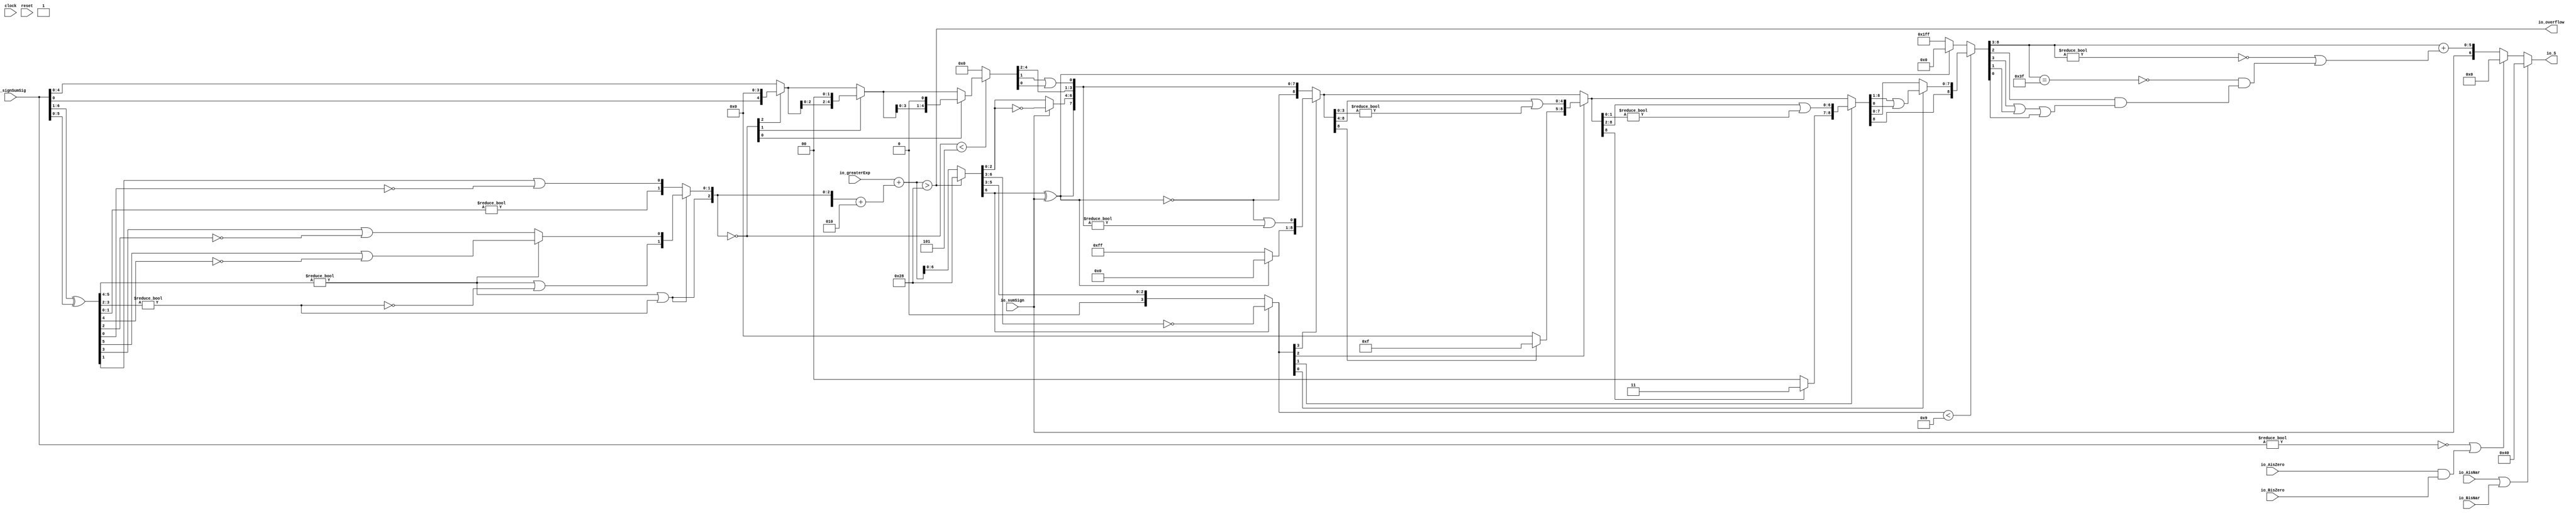
module Post_Adder7_3(
  input        clock,
  input        reset,
  input  [6:0] io_signSumSig,
  input  [6:0] io_greaterExp,
  input        io_sumSign,
  output       io_overflow,
  input        io_AisNar,
  input        io_BisNar,
  input        io_AisZero,
  input        io_BisZero,
  output [6:0] io_S
);
  wire [5:0] _T; // @[Post_Adder.scala 26:34]
  wire [5:0] _T_1; // @[Post_Adder.scala 26:72]
  wire [5:0] sumXor; // @[Post_Adder.scala 26:52]
  wire [3:0] _T_2; // @[LZD.scala 43:32]
  wire [1:0] _T_3; // @[LZD.scala 43:32]
  wire  _T_4; // @[LZD.scala 39:14]
  wire  _T_5; // @[LZD.scala 39:21]
  wire  _T_6; // @[LZD.scala 39:30]
  wire  _T_7; // @[LZD.scala 39:27]
  wire  _T_8; // @[LZD.scala 39:25]
  wire [1:0] _T_9; // @[Cat.scala 29:58]
  wire [1:0] _T_10; // @[LZD.scala 44:32]
  wire  _T_11; // @[LZD.scala 39:14]
  wire  _T_12; // @[LZD.scala 39:21]
  wire  _T_13; // @[LZD.scala 39:30]
  wire  _T_14; // @[LZD.scala 39:27]
  wire  _T_15; // @[LZD.scala 39:25]
  wire [1:0] _T_16; // @[Cat.scala 29:58]
  wire  _T_17; // @[Shift.scala 12:21]
  wire  _T_18; // @[Shift.scala 12:21]
  wire  _T_19; // @[LZD.scala 49:16]
  wire  _T_20; // @[LZD.scala 49:27]
  wire  _T_21; // @[LZD.scala 49:25]
  wire  _T_22; // @[LZD.scala 49:47]
  wire  _T_23; // @[LZD.scala 49:59]
  wire  _T_24; // @[LZD.scala 49:35]
  wire [2:0] _T_26; // @[Cat.scala 29:58]
  wire [1:0] _T_27; // @[LZD.scala 44:32]
  wire  _T_28; // @[LZD.scala 39:14]
  wire  _T_29; // @[LZD.scala 39:21]
  wire  _T_30; // @[LZD.scala 39:30]
  wire  _T_31; // @[LZD.scala 39:27]
  wire  _T_32; // @[LZD.scala 39:25]
  wire [1:0] _T_33; // @[Cat.scala 29:58]
  wire  _T_34; // @[Shift.scala 12:21]
  wire [1:0] _T_36; // @[LZD.scala 55:32]
  wire [1:0] _T_37; // @[LZD.scala 55:20]
  wire [2:0] sumLZD; // @[Cat.scala 29:58]
  wire [3:0] _T_38; // @[Cat.scala 29:58]
  wire [3:0] _T_39; // @[Post_Adder.scala 28:37]
  wire [3:0] _T_41; // @[Post_Adder.scala 28:44]
  wire [3:0] scaleBias; // @[Post_Adder.scala 28:44]
  wire [6:0] _GEN_0; // @[Post_Adder.scala 29:35]
  wire [7:0] sumScale; // @[Post_Adder.scala 29:35]
  wire [2:0] normalShift; // @[Post_Adder.scala 31:22]
  wire [4:0] _T_43; // @[Post_Adder.scala 32:39]
  wire  _T_44; // @[Shift.scala 16:24]
  wire  _T_46; // @[Shift.scala 12:21]
  wire  _T_47; // @[Shift.scala 64:52]
  wire [4:0] _T_49; // @[Cat.scala 29:58]
  wire [4:0] _T_50; // @[Shift.scala 64:27]
  wire [1:0] _T_51; // @[Shift.scala 66:70]
  wire  _T_52; // @[Shift.scala 12:21]
  wire [2:0] _T_53; // @[Shift.scala 64:52]
  wire [4:0] _T_55; // @[Cat.scala 29:58]
  wire [4:0] _T_56; // @[Shift.scala 64:27]
  wire  _T_57; // @[Shift.scala 66:70]
  wire [3:0] _T_59; // @[Shift.scala 64:52]
  wire [4:0] _T_60; // @[Cat.scala 29:58]
  wire [4:0] _T_61; // @[Shift.scala 64:27]
  wire [4:0] shiftSig; // @[Shift.scala 16:10]
  wire [7:0] _T_62; // @[Post_Adder.scala 44:24]
  wire  decS_fraction; // @[Post_Adder.scala 45:34]
  wire  decS_isNaR; // @[Post_Adder.scala 46:31]
  wire  _T_65; // @[Post_Adder.scala 47:36]
  wire  _T_66; // @[Post_Adder.scala 47:21]
  wire  _T_67; // @[Post_Adder.scala 47:54]
  wire  decS_isZero; // @[Post_Adder.scala 47:40]
  wire [1:0] _T_69; // @[Post_Adder.scala 48:33]
  wire  _T_70; // @[Post_Adder.scala 48:49]
  wire  _T_71; // @[Post_Adder.scala 48:63]
  wire  _T_72; // @[Post_Adder.scala 48:53]
  wire [6:0] _GEN_1; // @[Post_Adder.scala 41:24 Post_Adder.scala 44:18]
  wire [6:0] decS_scale; // @[Post_Adder.scala 41:24 Post_Adder.scala 44:18]
  wire [2:0] _T_75; // @[convert.scala 46:61]
  wire [2:0] _T_76; // @[convert.scala 46:52]
  wire [2:0] _T_78; // @[convert.scala 46:42]
  wire [3:0] _T_79; // @[convert.scala 48:34]
  wire  _T_80; // @[convert.scala 49:36]
  wire [3:0] _T_82; // @[convert.scala 50:36]
  wire [3:0] _T_83; // @[convert.scala 50:36]
  wire [3:0] _T_84; // @[convert.scala 50:28]
  wire  _T_85; // @[convert.scala 51:31]
  wire  _T_86; // @[convert.scala 52:43]
  wire [8:0] _T_90; // @[Cat.scala 29:58]
  wire [3:0] _T_91; // @[Shift.scala 39:17]
  wire  _T_92; // @[Shift.scala 39:24]
  wire  _T_94; // @[Shift.scala 90:30]
  wire [7:0] _T_95; // @[Shift.scala 90:48]
  wire  _T_96; // @[Shift.scala 90:57]
  wire  _T_97; // @[Shift.scala 90:39]
  wire  _T_98; // @[Shift.scala 12:21]
  wire  _T_99; // @[Shift.scala 12:21]
  wire [7:0] _T_101; // @[Bitwise.scala 71:12]
  wire [8:0] _T_102; // @[Cat.scala 29:58]
  wire [8:0] _T_103; // @[Shift.scala 91:22]
  wire [2:0] _T_104; // @[Shift.scala 92:77]
  wire [4:0] _T_105; // @[Shift.scala 90:30]
  wire [3:0] _T_106; // @[Shift.scala 90:48]
  wire  _T_107; // @[Shift.scala 90:57]
  wire [4:0] _GEN_2; // @[Shift.scala 90:39]
  wire [4:0] _T_108; // @[Shift.scala 90:39]
  wire  _T_109; // @[Shift.scala 12:21]
  wire  _T_110; // @[Shift.scala 12:21]
  wire [3:0] _T_112; // @[Bitwise.scala 71:12]
  wire [8:0] _T_113; // @[Cat.scala 29:58]
  wire [8:0] _T_114; // @[Shift.scala 91:22]
  wire [1:0] _T_115; // @[Shift.scala 92:77]
  wire [6:0] _T_116; // @[Shift.scala 90:30]
  wire [1:0] _T_117; // @[Shift.scala 90:48]
  wire  _T_118; // @[Shift.scala 90:57]
  wire [6:0] _GEN_3; // @[Shift.scala 90:39]
  wire [6:0] _T_119; // @[Shift.scala 90:39]
  wire  _T_120; // @[Shift.scala 12:21]
  wire  _T_121; // @[Shift.scala 12:21]
  wire [1:0] _T_123; // @[Bitwise.scala 71:12]
  wire [8:0] _T_124; // @[Cat.scala 29:58]
  wire [8:0] _T_125; // @[Shift.scala 91:22]
  wire  _T_126; // @[Shift.scala 92:77]
  wire [7:0] _T_127; // @[Shift.scala 90:30]
  wire  _T_128; // @[Shift.scala 90:48]
  wire [7:0] _GEN_4; // @[Shift.scala 90:39]
  wire [7:0] _T_130; // @[Shift.scala 90:39]
  wire  _T_132; // @[Shift.scala 12:21]
  wire [8:0] _T_133; // @[Cat.scala 29:58]
  wire [8:0] _T_134; // @[Shift.scala 91:22]
  wire [8:0] _T_137; // @[Bitwise.scala 71:12]
  wire [8:0] _T_138; // @[Shift.scala 39:10]
  wire  _T_139; // @[convert.scala 55:31]
  wire  _T_140; // @[convert.scala 56:31]
  wire  _T_141; // @[convert.scala 57:31]
  wire  _T_142; // @[convert.scala 58:31]
  wire [5:0] _T_143; // @[convert.scala 59:69]
  wire  _T_144; // @[convert.scala 59:81]
  wire  _T_145; // @[convert.scala 59:50]
  wire  _T_147; // @[convert.scala 60:81]
  wire  _T_148; // @[convert.scala 61:44]
  wire  _T_149; // @[convert.scala 61:52]
  wire  _T_150; // @[convert.scala 61:36]
  wire  _T_151; // @[convert.scala 62:63]
  wire  _T_152; // @[convert.scala 62:103]
  wire  _T_153; // @[convert.scala 62:60]
  wire [5:0] _GEN_5; // @[convert.scala 63:56]
  wire [5:0] _T_156; // @[convert.scala 63:56]
  wire [6:0] _T_157; // @[Cat.scala 29:58]
  wire [6:0] _T_159; // @[Mux.scala 87:16]
  assign _T = io_signSumSig[6:1]; // @[Post_Adder.scala 26:34]
  assign _T_1 = io_signSumSig[5:0]; // @[Post_Adder.scala 26:72]
  assign sumXor = _T ^ _T_1; // @[Post_Adder.scala 26:52]
  assign _T_2 = sumXor[5:2]; // @[LZD.scala 43:32]
  assign _T_3 = _T_2[3:2]; // @[LZD.scala 43:32]
  assign _T_4 = _T_3 != 2'h0; // @[LZD.scala 39:14]
  assign _T_5 = _T_3[1]; // @[LZD.scala 39:21]
  assign _T_6 = _T_3[0]; // @[LZD.scala 39:30]
  assign _T_7 = ~ _T_6; // @[LZD.scala 39:27]
  assign _T_8 = _T_5 | _T_7; // @[LZD.scala 39:25]
  assign _T_9 = {_T_4,_T_8}; // @[Cat.scala 29:58]
  assign _T_10 = _T_2[1:0]; // @[LZD.scala 44:32]
  assign _T_11 = _T_10 != 2'h0; // @[LZD.scala 39:14]
  assign _T_12 = _T_10[1]; // @[LZD.scala 39:21]
  assign _T_13 = _T_10[0]; // @[LZD.scala 39:30]
  assign _T_14 = ~ _T_13; // @[LZD.scala 39:27]
  assign _T_15 = _T_12 | _T_14; // @[LZD.scala 39:25]
  assign _T_16 = {_T_11,_T_15}; // @[Cat.scala 29:58]
  assign _T_17 = _T_9[1]; // @[Shift.scala 12:21]
  assign _T_18 = _T_16[1]; // @[Shift.scala 12:21]
  assign _T_19 = _T_17 | _T_18; // @[LZD.scala 49:16]
  assign _T_20 = ~ _T_18; // @[LZD.scala 49:27]
  assign _T_21 = _T_17 | _T_20; // @[LZD.scala 49:25]
  assign _T_22 = _T_9[0:0]; // @[LZD.scala 49:47]
  assign _T_23 = _T_16[0:0]; // @[LZD.scala 49:59]
  assign _T_24 = _T_17 ? _T_22 : _T_23; // @[LZD.scala 49:35]
  assign _T_26 = {_T_19,_T_21,_T_24}; // @[Cat.scala 29:58]
  assign _T_27 = sumXor[1:0]; // @[LZD.scala 44:32]
  assign _T_28 = _T_27 != 2'h0; // @[LZD.scala 39:14]
  assign _T_29 = _T_27[1]; // @[LZD.scala 39:21]
  assign _T_30 = _T_27[0]; // @[LZD.scala 39:30]
  assign _T_31 = ~ _T_30; // @[LZD.scala 39:27]
  assign _T_32 = _T_29 | _T_31; // @[LZD.scala 39:25]
  assign _T_33 = {_T_28,_T_32}; // @[Cat.scala 29:58]
  assign _T_34 = _T_26[2]; // @[Shift.scala 12:21]
  assign _T_36 = _T_26[1:0]; // @[LZD.scala 55:32]
  assign _T_37 = _T_34 ? _T_36 : _T_33; // @[LZD.scala 55:20]
  assign sumLZD = {_T_34,_T_37}; // @[Cat.scala 29:58]
  assign _T_38 = {1'h1,_T_34,_T_37}; // @[Cat.scala 29:58]
  assign _T_39 = $signed(_T_38); // @[Post_Adder.scala 28:37]
  assign _T_41 = $signed(_T_39) + $signed(4'sh2); // @[Post_Adder.scala 28:44]
  assign scaleBias = $signed(_T_41); // @[Post_Adder.scala 28:44]
  assign _GEN_0 = {{3{scaleBias[3]}},scaleBias}; // @[Post_Adder.scala 29:35]
  assign sumScale = $signed(io_greaterExp) + $signed(_GEN_0); // @[Post_Adder.scala 29:35]
  assign normalShift = ~ sumLZD; // @[Post_Adder.scala 31:22]
  assign _T_43 = io_signSumSig[4:0]; // @[Post_Adder.scala 32:39]
  assign _T_44 = normalShift < 3'h5; // @[Shift.scala 16:24]
  assign _T_46 = normalShift[2]; // @[Shift.scala 12:21]
  assign _T_47 = _T_43[0:0]; // @[Shift.scala 64:52]
  assign _T_49 = {_T_47,4'h0}; // @[Cat.scala 29:58]
  assign _T_50 = _T_46 ? _T_49 : _T_43; // @[Shift.scala 64:27]
  assign _T_51 = normalShift[1:0]; // @[Shift.scala 66:70]
  assign _T_52 = _T_51[1]; // @[Shift.scala 12:21]
  assign _T_53 = _T_50[2:0]; // @[Shift.scala 64:52]
  assign _T_55 = {_T_53,2'h0}; // @[Cat.scala 29:58]
  assign _T_56 = _T_52 ? _T_55 : _T_50; // @[Shift.scala 64:27]
  assign _T_57 = _T_51[0:0]; // @[Shift.scala 66:70]
  assign _T_59 = _T_56[3:0]; // @[Shift.scala 64:52]
  assign _T_60 = {_T_59,1'h0}; // @[Cat.scala 29:58]
  assign _T_61 = _T_57 ? _T_60 : _T_56; // @[Shift.scala 64:27]
  assign shiftSig = _T_44 ? _T_61 : 5'h0; // @[Shift.scala 16:10]
  assign _T_62 = io_overflow ? $signed(8'sh28) : $signed(sumScale); // @[Post_Adder.scala 44:24]
  assign decS_fraction = shiftSig[4:4]; // @[Post_Adder.scala 45:34]
  assign decS_isNaR = io_AisNar | io_BisNar; // @[Post_Adder.scala 46:31]
  assign _T_65 = io_signSumSig != 7'h0; // @[Post_Adder.scala 47:36]
  assign _T_66 = ~ _T_65; // @[Post_Adder.scala 47:21]
  assign _T_67 = io_AisZero & io_BisZero; // @[Post_Adder.scala 47:54]
  assign decS_isZero = _T_66 | _T_67; // @[Post_Adder.scala 47:40]
  assign _T_69 = shiftSig[3:2]; // @[Post_Adder.scala 48:33]
  assign _T_70 = shiftSig[1]; // @[Post_Adder.scala 48:49]
  assign _T_71 = shiftSig[0]; // @[Post_Adder.scala 48:63]
  assign _T_72 = _T_70 | _T_71; // @[Post_Adder.scala 48:53]
  assign _GEN_1 = _T_62[6:0]; // @[Post_Adder.scala 41:24 Post_Adder.scala 44:18]
  assign decS_scale = $signed(_GEN_1); // @[Post_Adder.scala 41:24 Post_Adder.scala 44:18]
  assign _T_75 = decS_scale[2:0]; // @[convert.scala 46:61]
  assign _T_76 = ~ _T_75; // @[convert.scala 46:52]
  assign _T_78 = io_sumSign ? _T_76 : _T_75; // @[convert.scala 46:42]
  assign _T_79 = decS_scale[6:3]; // @[convert.scala 48:34]
  assign _T_80 = _T_79[3:3]; // @[convert.scala 49:36]
  assign _T_82 = ~ _T_79; // @[convert.scala 50:36]
  assign _T_83 = $signed(_T_82); // @[convert.scala 50:36]
  assign _T_84 = _T_80 ? $signed(_T_83) : $signed(_T_79); // @[convert.scala 50:28]
  assign _T_85 = _T_80 ^ io_sumSign; // @[convert.scala 51:31]
  assign _T_86 = ~ _T_85; // @[convert.scala 52:43]
  assign _T_90 = {_T_86,_T_85,_T_78,decS_fraction,_T_69,_T_72}; // @[Cat.scala 29:58]
  assign _T_91 = $unsigned(_T_84); // @[Shift.scala 39:17]
  assign _T_92 = _T_91 < 4'h9; // @[Shift.scala 39:24]
  assign _T_94 = _T_90[8:8]; // @[Shift.scala 90:30]
  assign _T_95 = _T_90[7:0]; // @[Shift.scala 90:48]
  assign _T_96 = _T_95 != 8'h0; // @[Shift.scala 90:57]
  assign _T_97 = _T_94 | _T_96; // @[Shift.scala 90:39]
  assign _T_98 = _T_91[3]; // @[Shift.scala 12:21]
  assign _T_99 = _T_90[8]; // @[Shift.scala 12:21]
  assign _T_101 = _T_99 ? 8'hff : 8'h0; // @[Bitwise.scala 71:12]
  assign _T_102 = {_T_101,_T_97}; // @[Cat.scala 29:58]
  assign _T_103 = _T_98 ? _T_102 : _T_90; // @[Shift.scala 91:22]
  assign _T_104 = _T_91[2:0]; // @[Shift.scala 92:77]
  assign _T_105 = _T_103[8:4]; // @[Shift.scala 90:30]
  assign _T_106 = _T_103[3:0]; // @[Shift.scala 90:48]
  assign _T_107 = _T_106 != 4'h0; // @[Shift.scala 90:57]
  assign _GEN_2 = {{4'd0}, _T_107}; // @[Shift.scala 90:39]
  assign _T_108 = _T_105 | _GEN_2; // @[Shift.scala 90:39]
  assign _T_109 = _T_104[2]; // @[Shift.scala 12:21]
  assign _T_110 = _T_103[8]; // @[Shift.scala 12:21]
  assign _T_112 = _T_110 ? 4'hf : 4'h0; // @[Bitwise.scala 71:12]
  assign _T_113 = {_T_112,_T_108}; // @[Cat.scala 29:58]
  assign _T_114 = _T_109 ? _T_113 : _T_103; // @[Shift.scala 91:22]
  assign _T_115 = _T_104[1:0]; // @[Shift.scala 92:77]
  assign _T_116 = _T_114[8:2]; // @[Shift.scala 90:30]
  assign _T_117 = _T_114[1:0]; // @[Shift.scala 90:48]
  assign _T_118 = _T_117 != 2'h0; // @[Shift.scala 90:57]
  assign _GEN_3 = {{6'd0}, _T_118}; // @[Shift.scala 90:39]
  assign _T_119 = _T_116 | _GEN_3; // @[Shift.scala 90:39]
  assign _T_120 = _T_115[1]; // @[Shift.scala 12:21]
  assign _T_121 = _T_114[8]; // @[Shift.scala 12:21]
  assign _T_123 = _T_121 ? 2'h3 : 2'h0; // @[Bitwise.scala 71:12]
  assign _T_124 = {_T_123,_T_119}; // @[Cat.scala 29:58]
  assign _T_125 = _T_120 ? _T_124 : _T_114; // @[Shift.scala 91:22]
  assign _T_126 = _T_115[0:0]; // @[Shift.scala 92:77]
  assign _T_127 = _T_125[8:1]; // @[Shift.scala 90:30]
  assign _T_128 = _T_125[0:0]; // @[Shift.scala 90:48]
  assign _GEN_4 = {{7'd0}, _T_128}; // @[Shift.scala 90:39]
  assign _T_130 = _T_127 | _GEN_4; // @[Shift.scala 90:39]
  assign _T_132 = _T_125[8]; // @[Shift.scala 12:21]
  assign _T_133 = {_T_132,_T_130}; // @[Cat.scala 29:58]
  assign _T_134 = _T_126 ? _T_133 : _T_125; // @[Shift.scala 91:22]
  assign _T_137 = _T_99 ? 9'h1ff : 9'h0; // @[Bitwise.scala 71:12]
  assign _T_138 = _T_92 ? _T_134 : _T_137; // @[Shift.scala 39:10]
  assign _T_139 = _T_138[3]; // @[convert.scala 55:31]
  assign _T_140 = _T_138[2]; // @[convert.scala 56:31]
  assign _T_141 = _T_138[1]; // @[convert.scala 57:31]
  assign _T_142 = _T_138[0]; // @[convert.scala 58:31]
  assign _T_143 = _T_138[8:3]; // @[convert.scala 59:69]
  assign _T_144 = _T_143 != 6'h0; // @[convert.scala 59:81]
  assign _T_145 = ~ _T_144; // @[convert.scala 59:50]
  assign _T_147 = _T_143 == 6'h3f; // @[convert.scala 60:81]
  assign _T_148 = _T_139 | _T_141; // @[convert.scala 61:44]
  assign _T_149 = _T_148 | _T_142; // @[convert.scala 61:52]
  assign _T_150 = _T_140 & _T_149; // @[convert.scala 61:36]
  assign _T_151 = ~ _T_147; // @[convert.scala 62:63]
  assign _T_152 = _T_151 & _T_150; // @[convert.scala 62:103]
  assign _T_153 = _T_145 | _T_152; // @[convert.scala 62:60]
  assign _GEN_5 = {{5'd0}, _T_153}; // @[convert.scala 63:56]
  assign _T_156 = _T_143 + _GEN_5; // @[convert.scala 63:56]
  assign _T_157 = {io_sumSign,_T_156}; // @[Cat.scala 29:58]
  assign _T_159 = decS_isZero ? 7'h0 : _T_157; // @[Mux.scala 87:16]
  assign io_overflow = $signed(sumScale) > $signed(8'sh28); // @[Post_Adder.scala 30:18]
  assign io_S = decS_isNaR ? 7'h40 : _T_159; // @[Post_Adder.scala 49:7]
endmodule